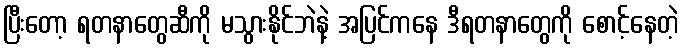
ပြီးတော့ ရတနာတွေဆီကို မသွားနိုင်ဘဲနဲ့ အပြင်ကနေ ဒီရတနာတွေကို စောင့်နေတဲ့